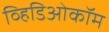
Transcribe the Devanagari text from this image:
व्हिडिओकॉम